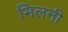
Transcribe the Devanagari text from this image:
भिलनी